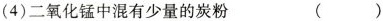
(4)二氧化锰中混有少量的炭粉 ( )